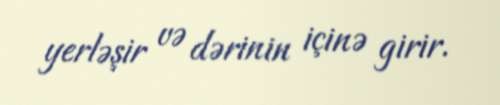
yerləşir və dərinin içinə girir.